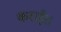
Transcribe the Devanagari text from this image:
कराई।।